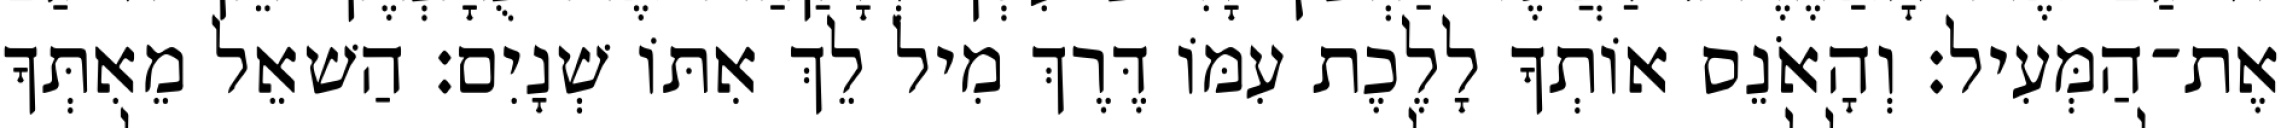
אֶת־הַמְּעִיל׃ וְהָאֹנֵס אוֹתְךָ לָלֶכֶת עִמּוֹ דֶּרֶךְ מִיל לֵךְ אִתּוֹ שְׁנָיִם׃ הַשׁאֵל מֵאִתְּךָ